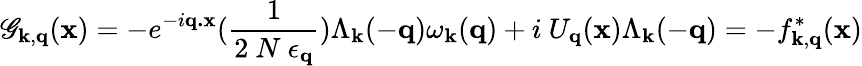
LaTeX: \mathscr{G}_{{\mathbf{{k}}},{\mathbf{{q}}}}({\mathbf{{x}}})=-e^{-i{\mathbf{{q.x}}}}(\frac{{1}}{{2\mathrm{{~}}N\mathrm{{~}}\epsilon_{{\mathbf{{q}}}}}})\Lambda_{{\mathbf{{k}}}}(-{\mathbf{{q}}})\omega_{{\mathbf{{k}}}}({\mathbf{{q}}})+i\mathrm{{~}}U_{{\mathbf{{q}}}}({\mathbf{{x}}})\Lambda_{{\mathbf{{k}}}}(-{\mathbf{{q}}})=-f_{{\mathbf{{k}}},{\mathbf{{q}}}}^{*}({\mathbf{{x}}})